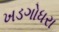
ખડગોધરા